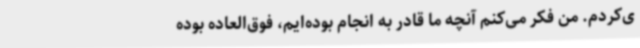
ی‌کردم. من فکر می‌کنم آنچه ما قادر به انجام بوده‌ایم، فوق‌العاده بوده